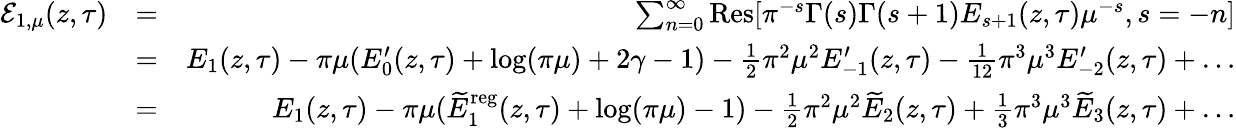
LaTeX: \begin{array}{rlr}{{\mathcal E}_{1,\mu}(z,\tau)}&{=}&{\sum_{n=0}^{\infty}\mathrm{Res}[\pi^{-s}\Gamma(s)\Gamma(s+1)E_{s+1}(z,\tau)\mu^{-s},s=-n]}\\ &{=}&{E_{1}(z,\tau)-\pi\mu(E_{0}^{\prime}(z,\tau)+\log(\pi\mu)+2\gamma-1)-{\frac{1}{2}}{\pi^{2}\mu^{2}}E_{-1}^{\prime}(z,\tau)-{\frac{1}{12}}{\pi^{3}\mu^{3}}E_{-2}^{\prime}(z,\tau)+\ldots}\\ &{=}&{E_{1}(z,\tau)-\pi\mu(\widetilde{E}_{1}^{\mathrm{reg}}(z,\tau)+\log(\pi\mu)-1)-{\frac{1}{2}}{\pi^{2}\mu^{2}}\widetilde{E}_{2}(z,\tau)+{\frac{1}{3}}{\pi^{3}\mu^{3}}\widetilde{E}_{3}(z,\tau)+\ldots}\end{array}